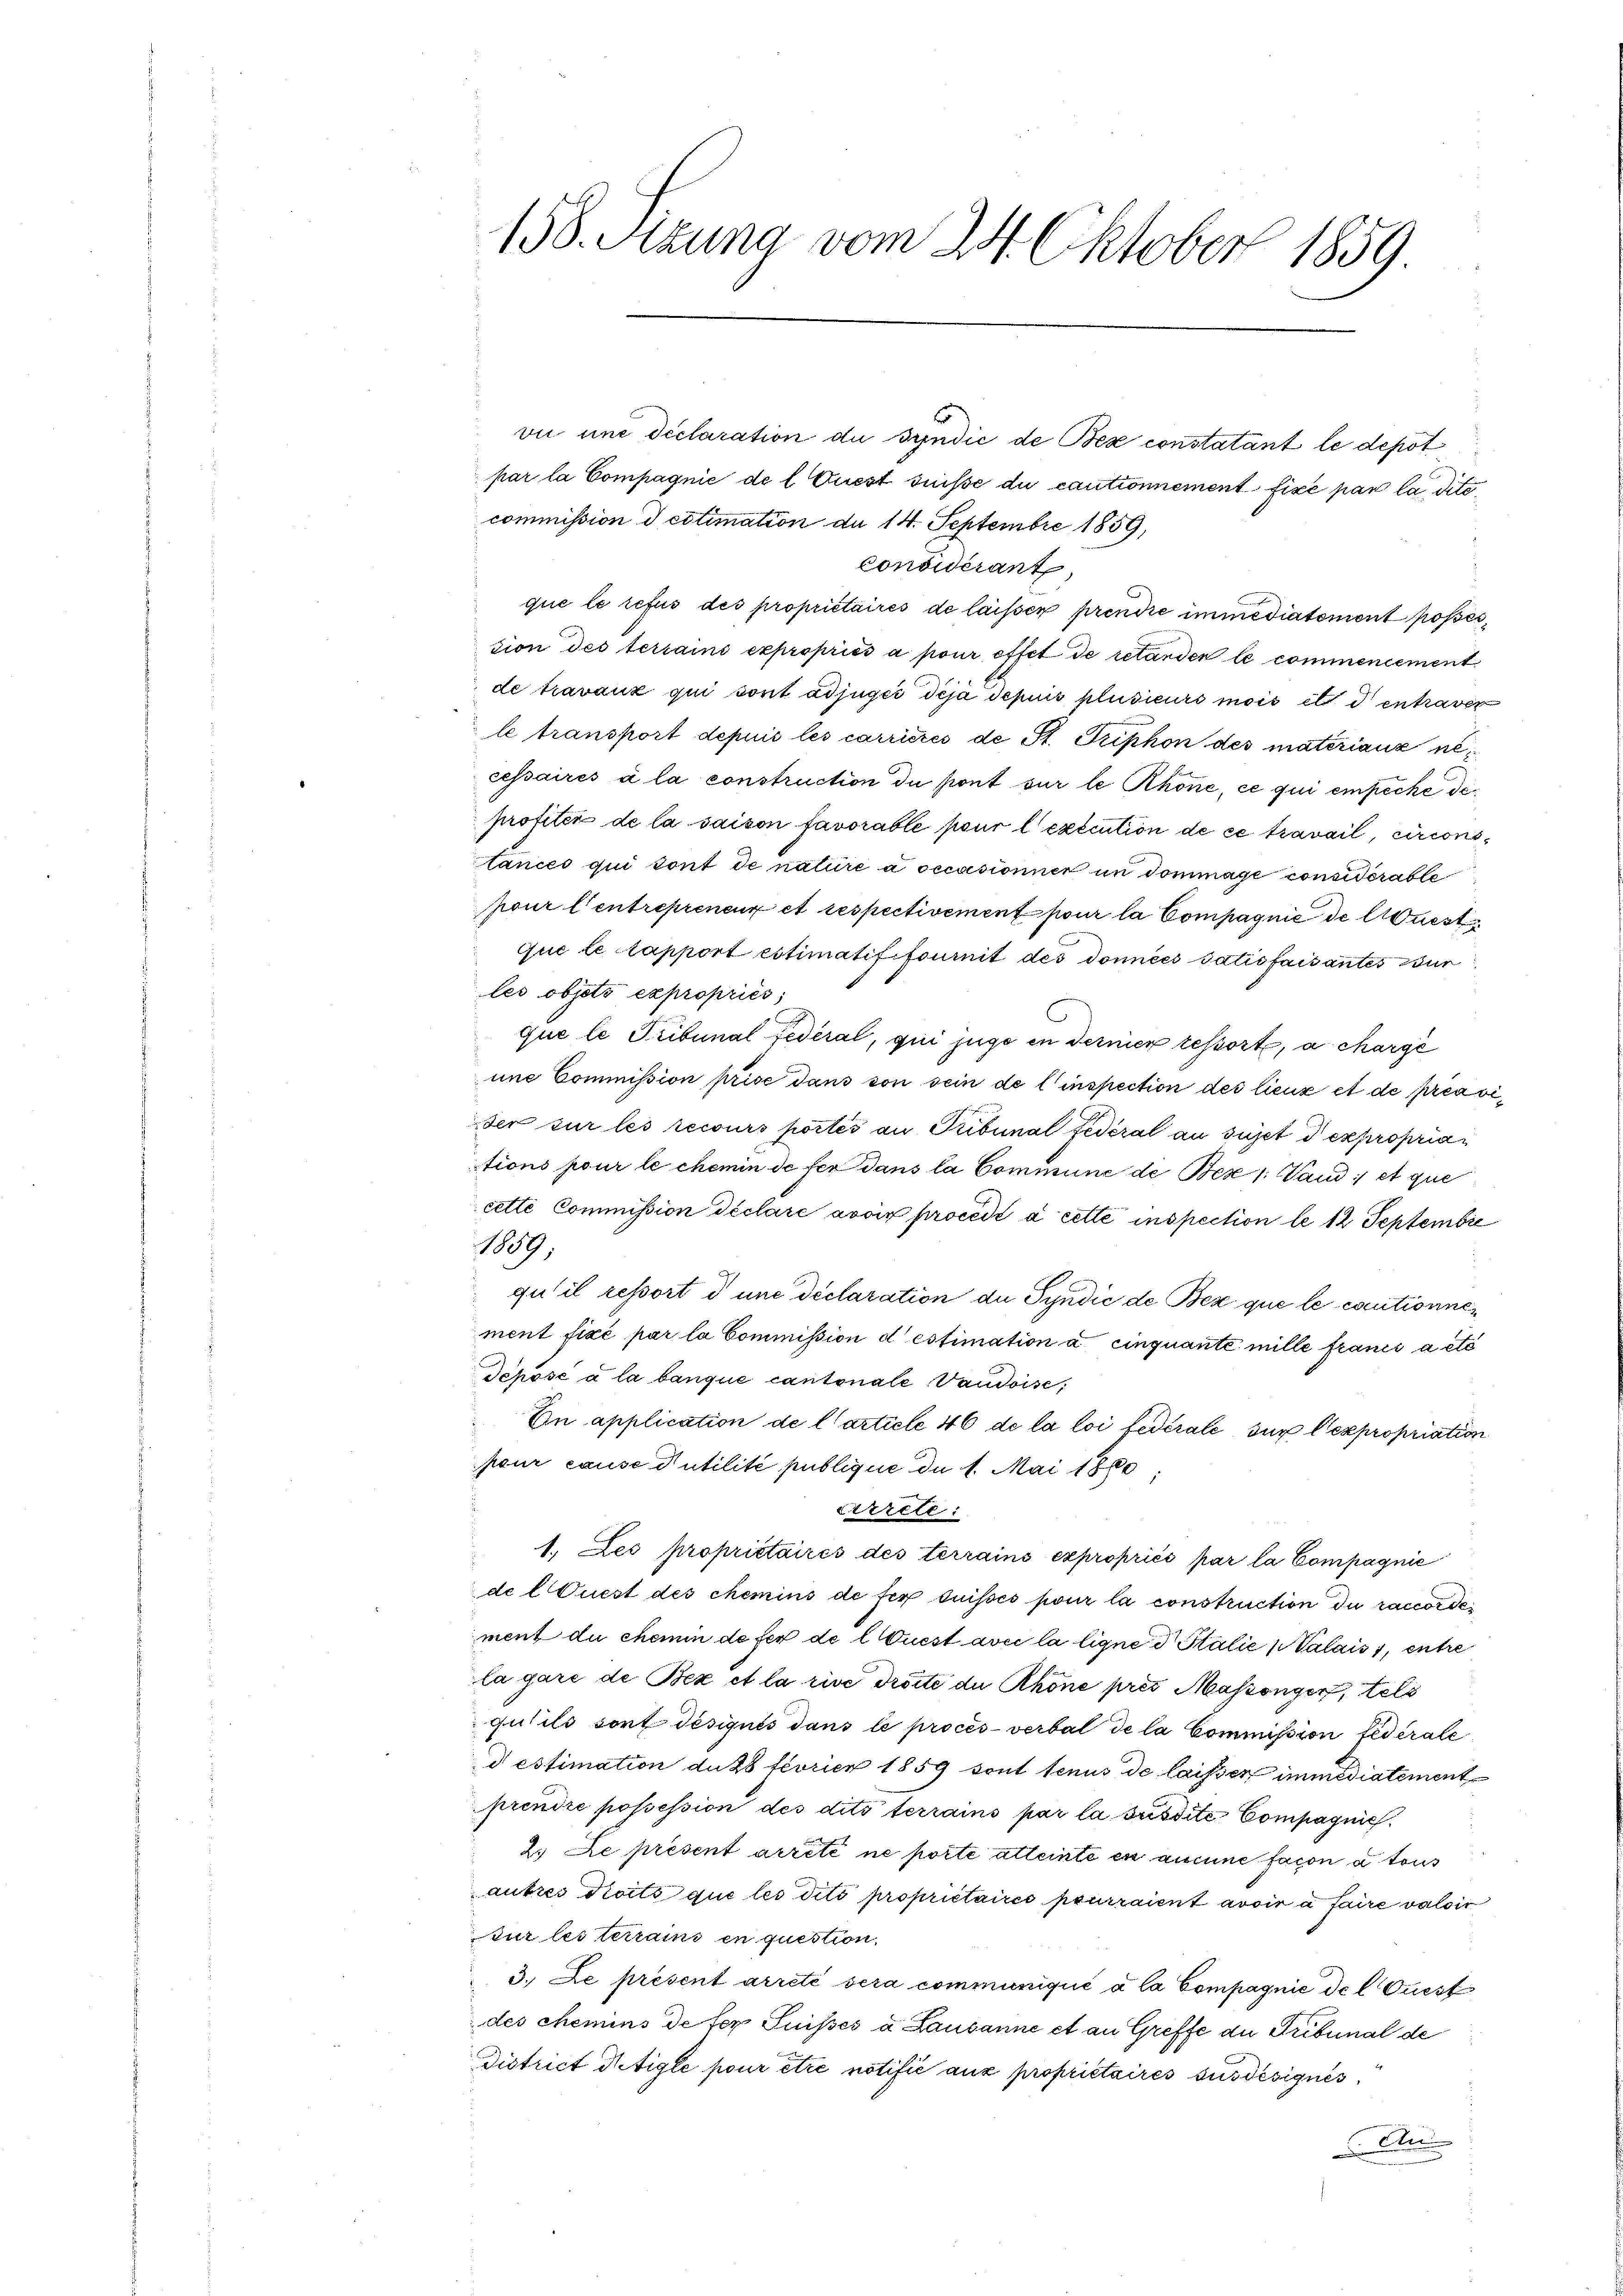
158. Stzung vom 24. Oktober 1859

vie une déclaration du syndić de Bex constatant le depot
par la Compagnie de l Quest suisse du cautionnement fixé par la ditecommission d cotimation du 14. Septembre 1859,
Considerant
que le refus des propriétaires de laissen prendie immediatement posses,
tion des terrains expropriés a pour effet de retarden le commencement
de travaux qui sont adjuger deja depuis plusieurs mois et entraver
le transport depuis les carrières de St. Triphon des matériaux necessaires à la construction du sont sur le Rhone, ce qui empêche deprofités de la saison favorable pour lexecution de ce travail, circonstances qui sont de nature a occasionner un dommage considérable
pour l’entrepreneur et respectivement pour la Compagnie de luest
que le tapport estimatiffournit des données datisfaisantes dur
les objets expropriés,
que le Tribunal Federal, qui juge in dernier tessort, a charge
une Commission prise dans von sein de l’inspection des lieux et de préavider sur les recours portés au Tribunal Federal au sujet d expropriations pour le chemin de fer dans la Commune de Bese 1 Vand; et que
cette Commission declaré avoir procede à cette inspection le 12 Septembre
19,
qu’il ressort d une déclaration de Syndić de Bez que le cautionnement fixé par la Commission destimation a cinquante mille francs à etc
Schose à la banque cantonale Vaudoise,
Un application de l’article 46 de la loi fédérale sur lexpropriation
pour cause Putilité publique du 1. Mai 1880,
Cirrcte:
1. Les propriétaires des terrains expropriés par la Compagnie
de l Quest des chemins de fer suisses pour la construction du raccordement du chemin defer de l Quest avec la ligne d Stalie Malaiss, entre
la gare de Bez et la rive Tröste de Rhöne pres Massenger, tels
qutils sort désiqués dans le procès-verbal de la Commission federate
destimation du 28 féorien 1859 sont tenus de laissen immediatement
prendre possession des dits terrains par la susdite Compagnich
2. Le présent arrêté ne porte atteinte en aucune facon a tous
autres droits que les dito propriétaires pourraient avoir à faire valoir
ur les terrains en question.
3. Le présent arreté sera communiqué à la Compagnie de l Quest
des chemins de fer Suisses a Lausanne et an Greffe du Tribunal de
District Petigle pour être notifié aux propriétaires susdésignés
An